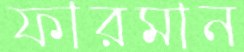
ফারমান